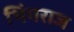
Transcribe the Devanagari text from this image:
भिंगराज